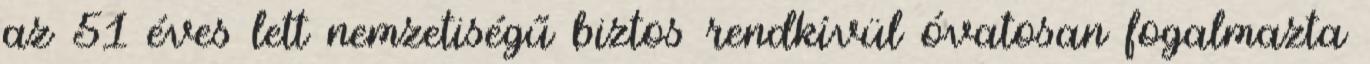
az 51 éves lett nemzetiségű biztos rendkívül óvatosan fogalmazta